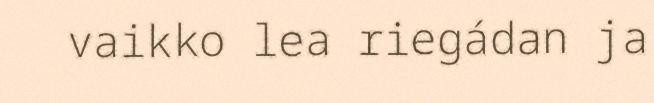
vaikko lea riegádan ja